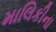
માલિકીના